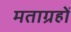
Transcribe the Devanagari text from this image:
मताग्रहों